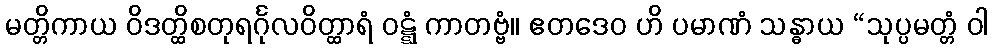
မတ္တိကာယ ဝိဒတ္ထိစတုရင်္ဂုလဝိတ္ထာရံ ဝဋ္ဋံ ကာတဗ္ဗံ။ ဧတဒေဝ ဟိ ပမာဏံ သန္ဓာယ “သုပ္ပမတ္တံ ဝါ